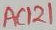
Text: AC121